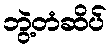
ဘွဲ့တံဆိပ်